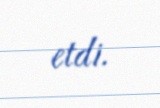
etdi.